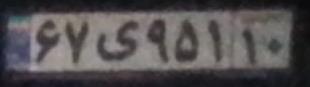
۶۷ی۹۵۱۱۰